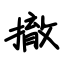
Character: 撤